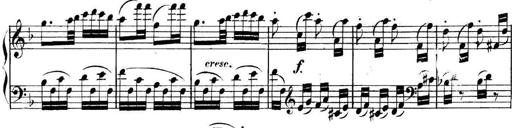
Title: Collected Piano Sonatas
Composer: Muzio Clementi